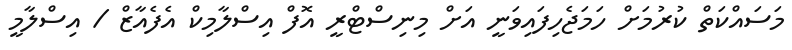
މަސައްކަތް ކުރުމަށް ހަމަޖެހިފައިވަނީ އަށް މިނިސްޓްރީ އޮފް އިސްލާމިކް އެފެއާޒް / އިސްލާމީ